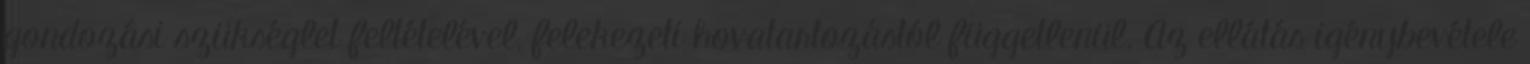
gondozási szükséglet feltételével, felekezeti hovatartozástól függetlenül. Az ellátás igénybevétele